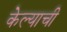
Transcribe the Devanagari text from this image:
केेल्याची